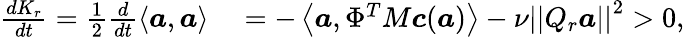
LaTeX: \begin{array}{rl}{\frac{dK_{r}}{dt}=\frac{1}{2}\frac{d}{dt}\left<\boldsymbol{a},\boldsymbol{a}\right>}&{{}=-\left<\boldsymbol{a},\Phi^{T}M\boldsymbol{c}(\boldsymbol{a})\right>-\nu\left|\left|Q_{r}\boldsymbol{a}\right|\right|^{2}>0,}\end{array}